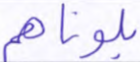
بلوناهم